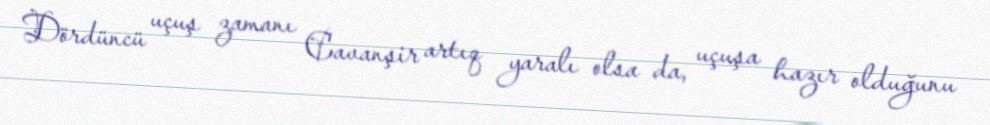
Dördüncü uçuş zamanı Cavanşir artıq yaralı olsa da, uçuşa hazır olduğunu